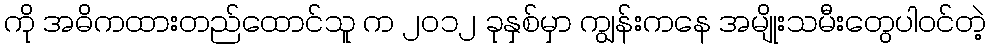
ကို အဓိကထားတည်ထောင်သူ က ၂၀၁၂ ခုနှစ်မှာ ကျွန်းကနေ အမျိုးသမီးတွေပါဝင်တဲ့